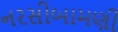
નરસીબામણી